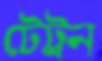
টেট্রন